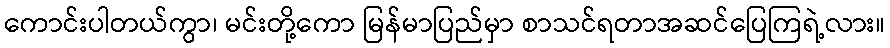
ကောင်းပါတယ်ကွာ၊ မင်းတို့ကော မြန်မာပြည်မှာ စာသင်ရတာအဆင်ပြေကြရဲ့လား။